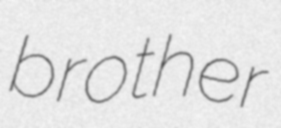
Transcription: brother